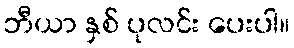
ဘီယာ နှစ် ပုလင်း ပေးပါ။